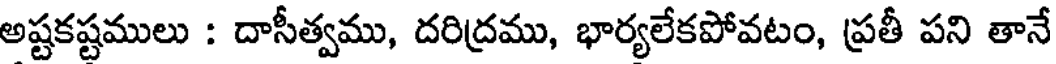
అష్టకష్టములు : దాసీత్వము, దరిద్రము, భార్యలేకపోవటం, ప్రతీ పని తానే